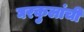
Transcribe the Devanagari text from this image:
घरकुलांची